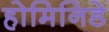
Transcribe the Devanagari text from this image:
होमिनिडे